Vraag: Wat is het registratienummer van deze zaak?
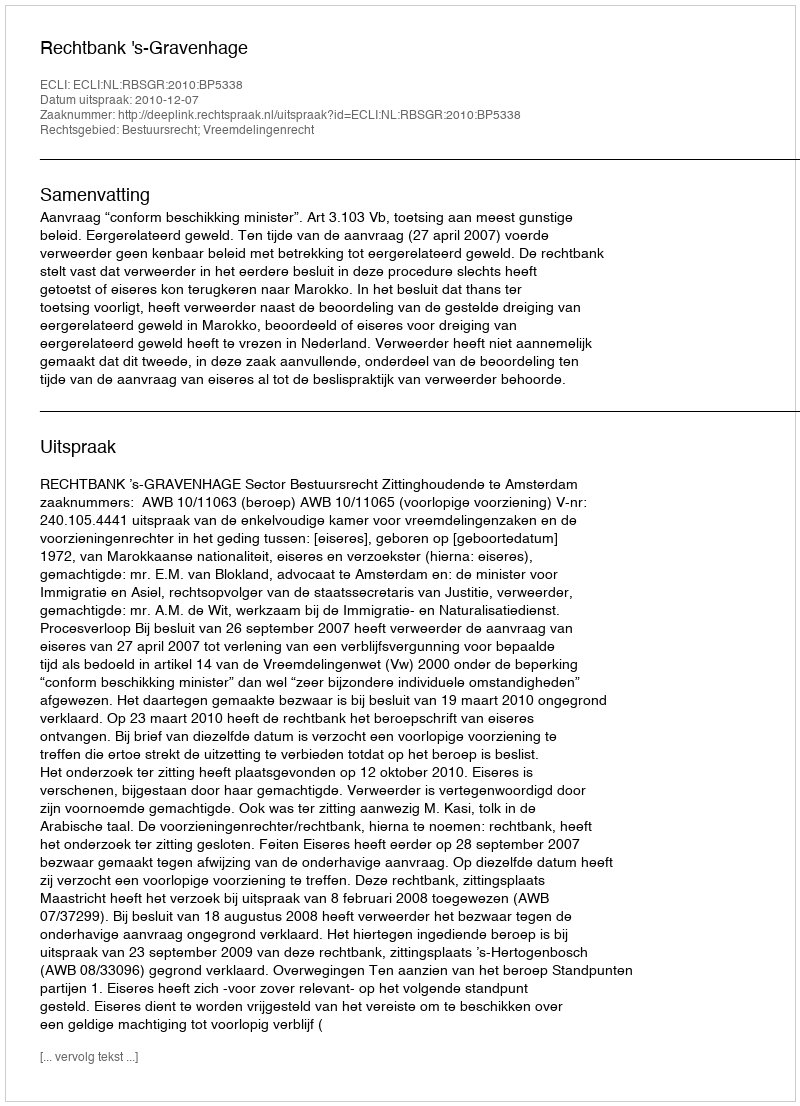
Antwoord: http://deeplink.rechtspraak.nl/uitspraak?id=ECLI:NL:RBSGR:2010:BP5338